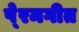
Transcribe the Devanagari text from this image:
पे्रमगीत